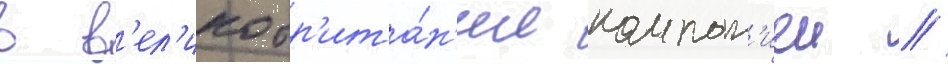
в в'ел'икобр'ита́н'ии компан'иеи //